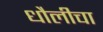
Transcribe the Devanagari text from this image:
धौलीचा